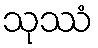
သုဿံ